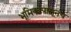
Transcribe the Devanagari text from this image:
भूमिकांपासूनच